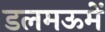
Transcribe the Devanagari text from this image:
डलमऊमें